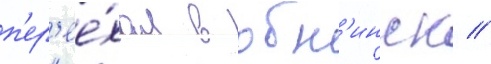
п'ер'ее́хал в обн'инск //